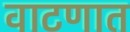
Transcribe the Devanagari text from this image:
वाटणात